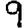
Digit: 9